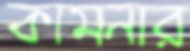
কামনার